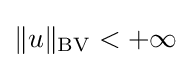
\Vert u\Vert _{\operatorname {BV} }<+\infty